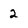
Character: 2